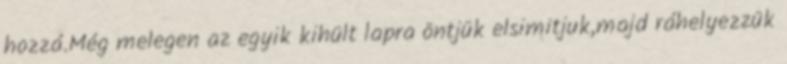
hozzá.Még melegen az egyik kihült lapra öntjük elsimitjuk,majd ráhelyezzük